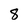
Character: 8